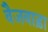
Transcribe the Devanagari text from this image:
वैजवाड़ा